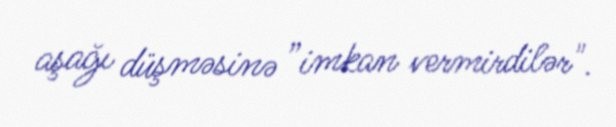
aşağı düşməsinə ”imkan vermirdilər".